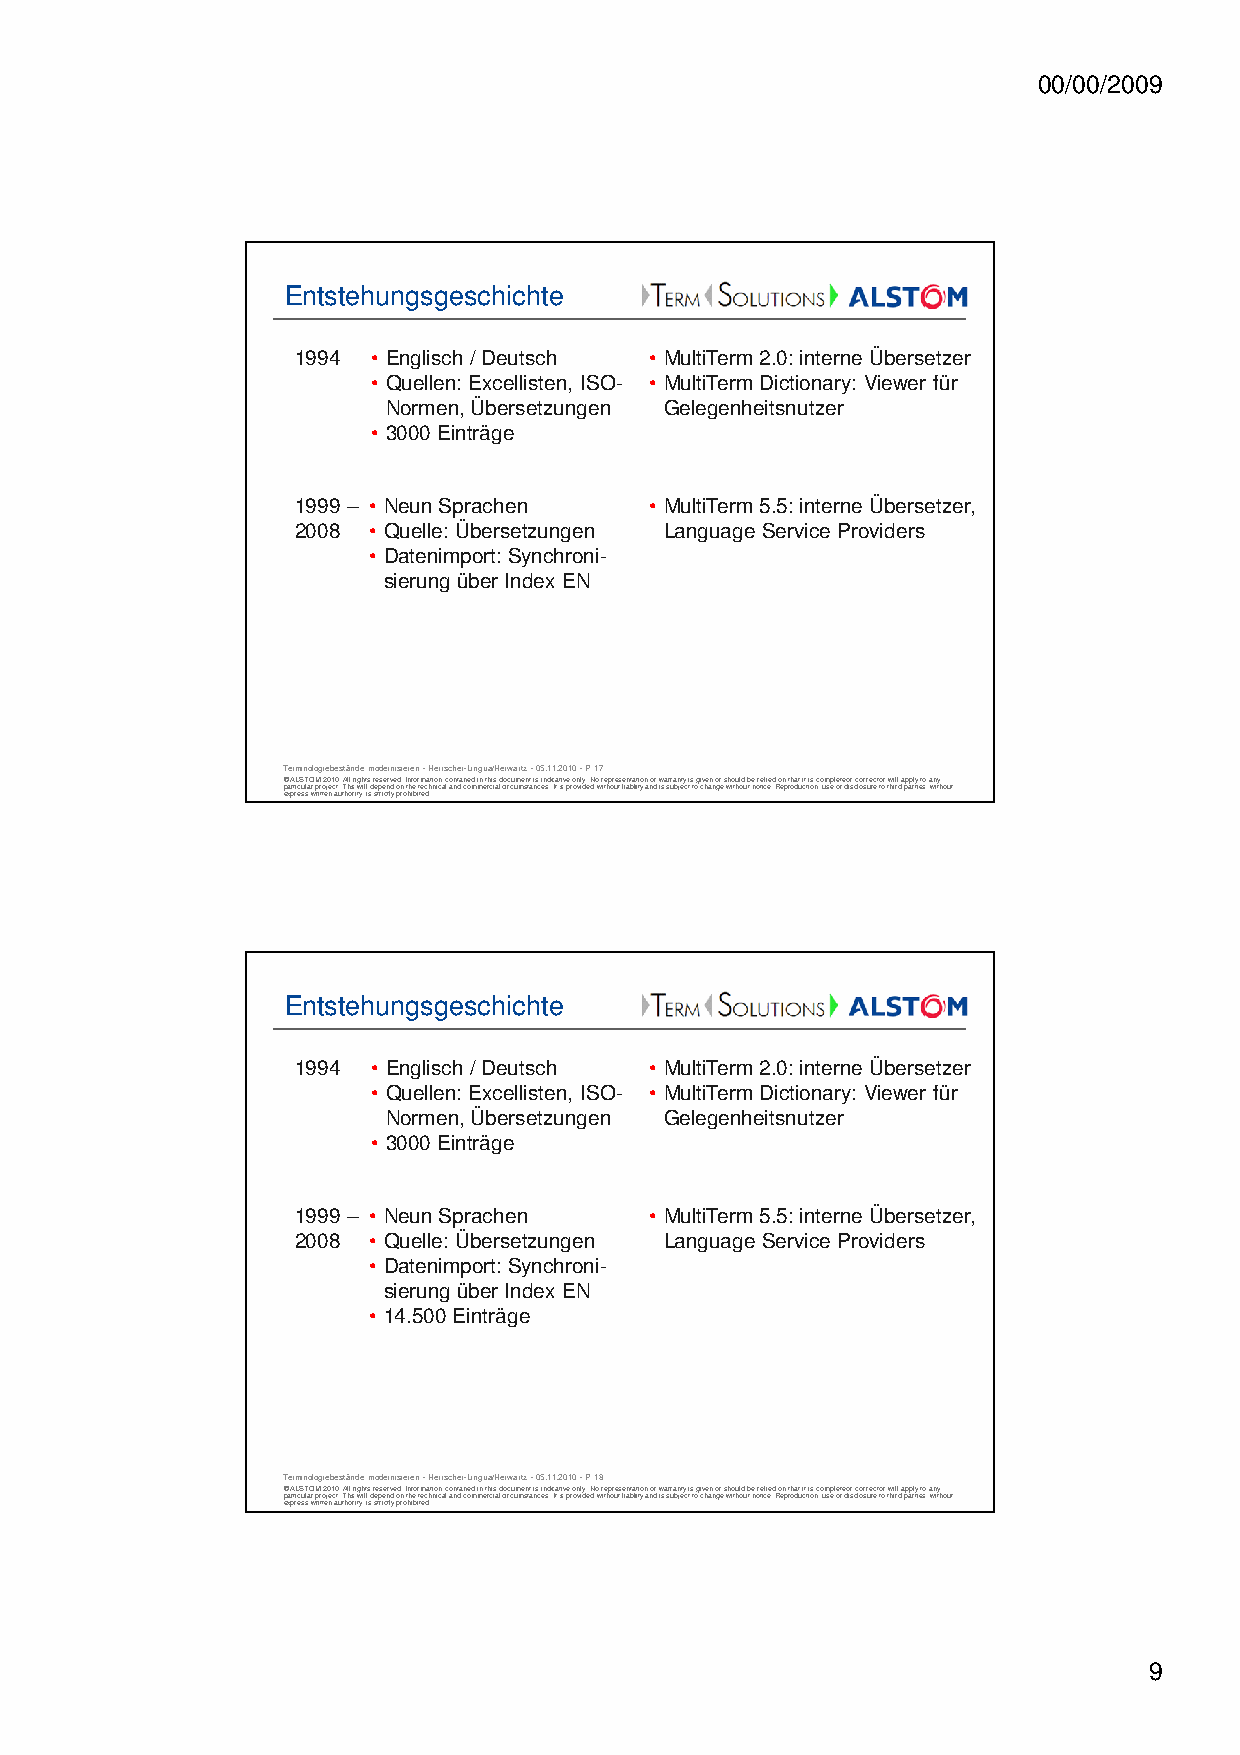
00/00/2009
 Entstehungsgeschichte
 1994 • Englisch / Deutsch • MultiTerm 2.0: interne Übersetzer
 • Quellen: Excellisten, ISO- • MultiTerm Dictionary: Viewer für
 Normen, Übersetzungen Gelegenheitsnutzer
 • 3000 Einträge
 1999 – • Neun Sprachen • MultiTerm 5.5: interne Übersetzer,
 2008 • Quelle: Übersetzungen Language Service Providers
 • Datenimport: Synchroni-
 sierung über Index EN
 Terminologiebestände modernisieren -Herrscher-Lingua/Herwartz -05.11.2010 -P 17
 © ALSTOM 2010. All rights reserved. Information contained in this document is indicative only. No representation or warranty is given or should be relied on that it is complete or correct or will apply to any
 particular project. This will depend on the technical and commercial circumstances. It is provided without liability and is subject to change without notice. Reproduction, use or disclosure to third parties, without
 express written authority, is strictly prohibited.
 Entstehungsgeschichte
 1994 • Englisch / Deutsch • MultiTerm 2.0: interne Übersetzer
 • Quellen: Excellisten, ISO- • MultiTerm Dictionary: Viewer für
 Normen, Übersetzungen Gelegenheitsnutzer
 • 3000 Einträge
 1999 – • Neun Sprachen • MultiTerm 5.5: interne Übersetzer,
 2008 • Quelle: Übersetzungen Language Service Providers
 • Datenimport: Synchroni-
 sierung über Index EN
 • 14.500 Einträge
 Terminologiebestände modernisieren -Herrscher-Lingua/Herwartz -05.11.2010 -P 18
 © ALSTOM 2010. All rights reserved. Information contained in this document is indicative only. No representation or warranty is given or should be relied on that it is complete or correct or will apply to any
 particular project. This will depend on the technical and commercial circumstances. It is provided without liability and is subject to change without notice. Reproduction, use or disclosure to third parties, without
 express written authority, is strictly prohibited.
 9